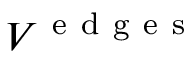
V ^ { \mathrm { ~ e ~ d ~ g ~ e ~ s ~ } }